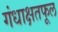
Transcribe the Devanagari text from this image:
गंधाक्षतफूल